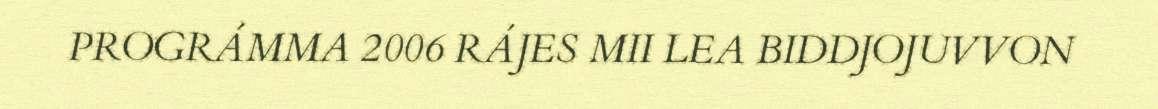
PROGRÁMMA 2006 RÁJES MII LEA BIDDJOJUVVON